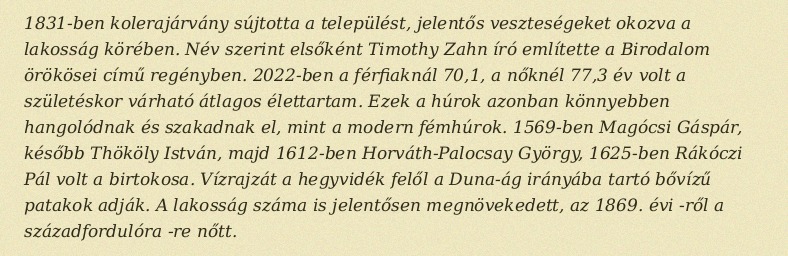
1831-ben kolerajárvány sújtotta a települést, jelentős veszteségeket okozva a lakosság körében. Név szerint elsőként Timothy Zahn író említette a Birodalom örökösei című regényben. 2022-ben a férfiaknál 70,1, a nőknél 77,3 év volt a születéskor várható átlagos élettartam. Ezek a húrok azonban könnyebben hangolódnak és szakadnak el, mint a modern fémhúrok. 1569-ben Magócsi Gáspár, később Thököly István, majd 1612-ben Horváth-Palocsay György, 1625-ben Rákóczi Pál volt a birtokosa. Vízrajzát a hegyvidék felől a Duna-ág irányába tartó bővízű patakok adják. A lakosság száma is jelentősen megnövekedett, az 1869. évi -ről a századfordulóra -re nőtt.